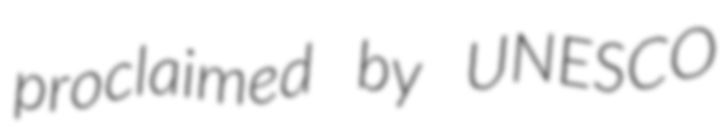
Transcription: proclaimed by UNESCO